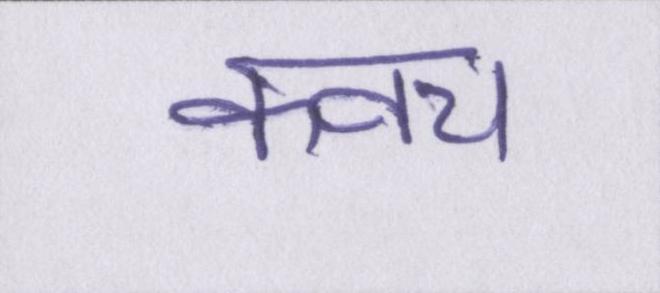
कवच